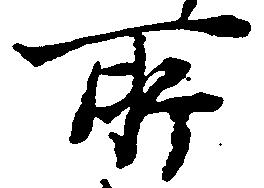
所